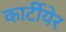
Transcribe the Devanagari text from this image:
कार्टीयेर